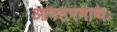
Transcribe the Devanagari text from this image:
आफ्टरमाथः